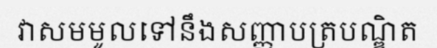
វាសមមូលទៅនឹងសញ្ញាបត្របណ្ឌិត